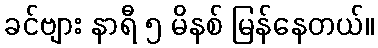
ခင်ဗျား နာရီ ၅ မိနစ် မြန်နေတယ်။